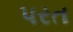
પરત